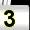
Digit: 3